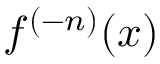
f ^ { ( - n ) } ( x )